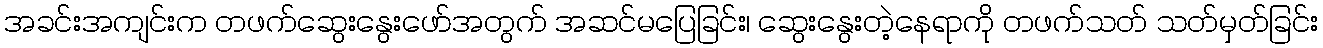
အခင်းအကျင်းက တဖက်ဆွေးနွေးဖော်အတွက် အဆင်မပြေခြင်း၊ ဆွေးနွေးတဲ့နေရာကို တဖက်သတ် သတ်မှတ်ခြင်း